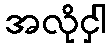
အလိုငှါ